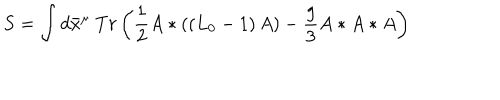
LaTeX: S = \int d \bar { x } ^ { \mu } ~ T r \left( \frac { 1 } { 2 } A \ast \left( \left( L _ { 0 } - 1 \right) A \right) - \frac { g } { 3 } A \ast A \ast A \right)